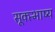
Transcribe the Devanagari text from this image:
सूक्त्भाष्य